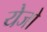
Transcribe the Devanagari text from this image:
येजो